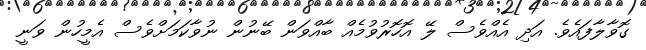
ގޮވާލާފައެވެ. އަދި އެއްވެސް ލޭ އޮހޮރުވުމެއް ބާއްވަން ބޭނުން ނުވާކަމަށްވެސް އެމީހުން ވަނީ